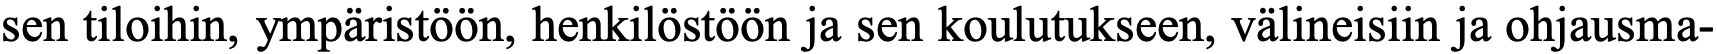
sen tiloihin, ympäristöön, henkilöstöön ja sen koulutukseen, välineisiin ja ohjausma-